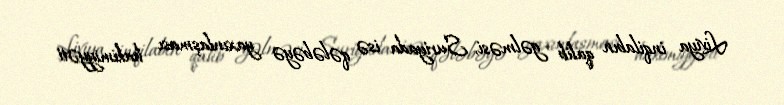
Liviya inqilabın qalib gəlməsi, Suriyada isə qələbəyə yaxınlaşması hakimiyyəti